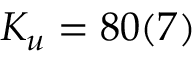
K _ { u } = 8 0 ( 7 )